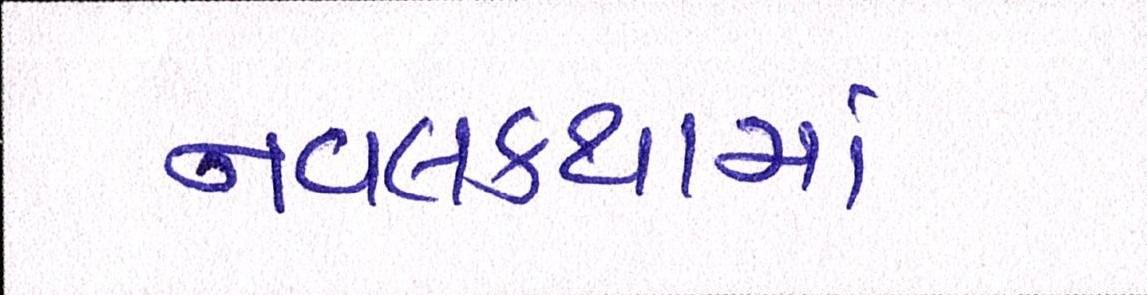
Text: નવલકથામાં